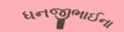
ધનજીભાઈના